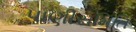
પાણીસમિતિ